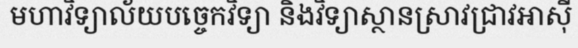
មហាវិទ្យាល័យបច្ចេកវិទ្យា និងវិទ្យាស្ថានស្រាវជ្រាវអាស៊ី